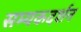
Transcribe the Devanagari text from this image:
सम्यकदर्शन